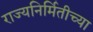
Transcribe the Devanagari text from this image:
राज्यनिर्मितीच्या